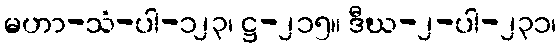
မဟာ-သံ-ပါ-၁၂၃၊ ဋ္ဌ-၂၁၅။ ဒီဃ-၂-ပါ-၂၃၁၊